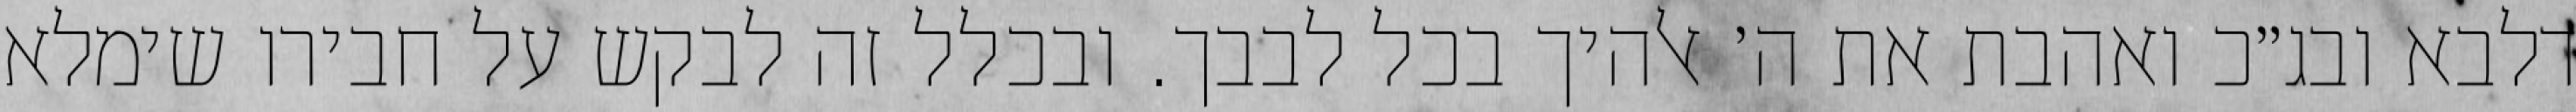
דלבא ובג״כ ואהבת את ה׳ אלהיך בכל לבבך. ובכלל זה לבקש על חבירו שימלא